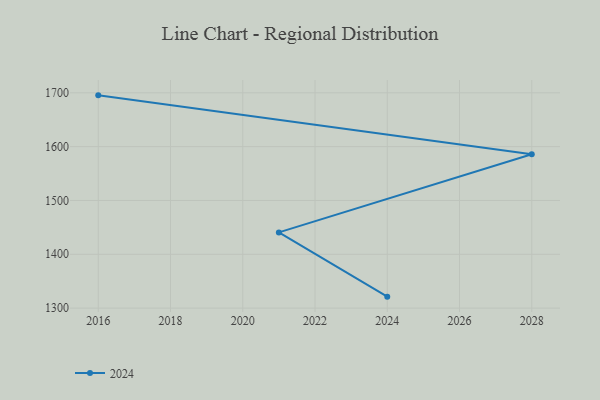
{"axis": {"x": "Year", "y": "Bounce Rate (%)"}, "legend": ["2024"], "data": [{"x": "2016", "y": 1695.3, "type": "2024"}, {"x": "2028", "y": 1586.0, "type": "2024"}, {"x": "2021", "y": 1440.7, "type": "2024"}, {"x": "2024", "y": 1321.3, "type": "2024"}]}